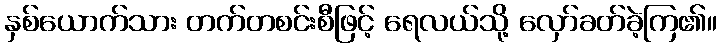
နှစ်ယောက်သား တက်တစင်းစီဖြင့် ရေလယ်သို့ လှော်ခတ်ခဲ့ကြ၏။